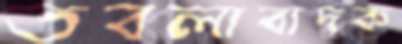
তবলাবাদক